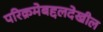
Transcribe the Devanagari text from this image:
परिक्रमेबद्दलदेखील